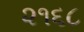
૨૧૬૮